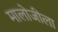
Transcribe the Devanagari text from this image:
मालोजीला